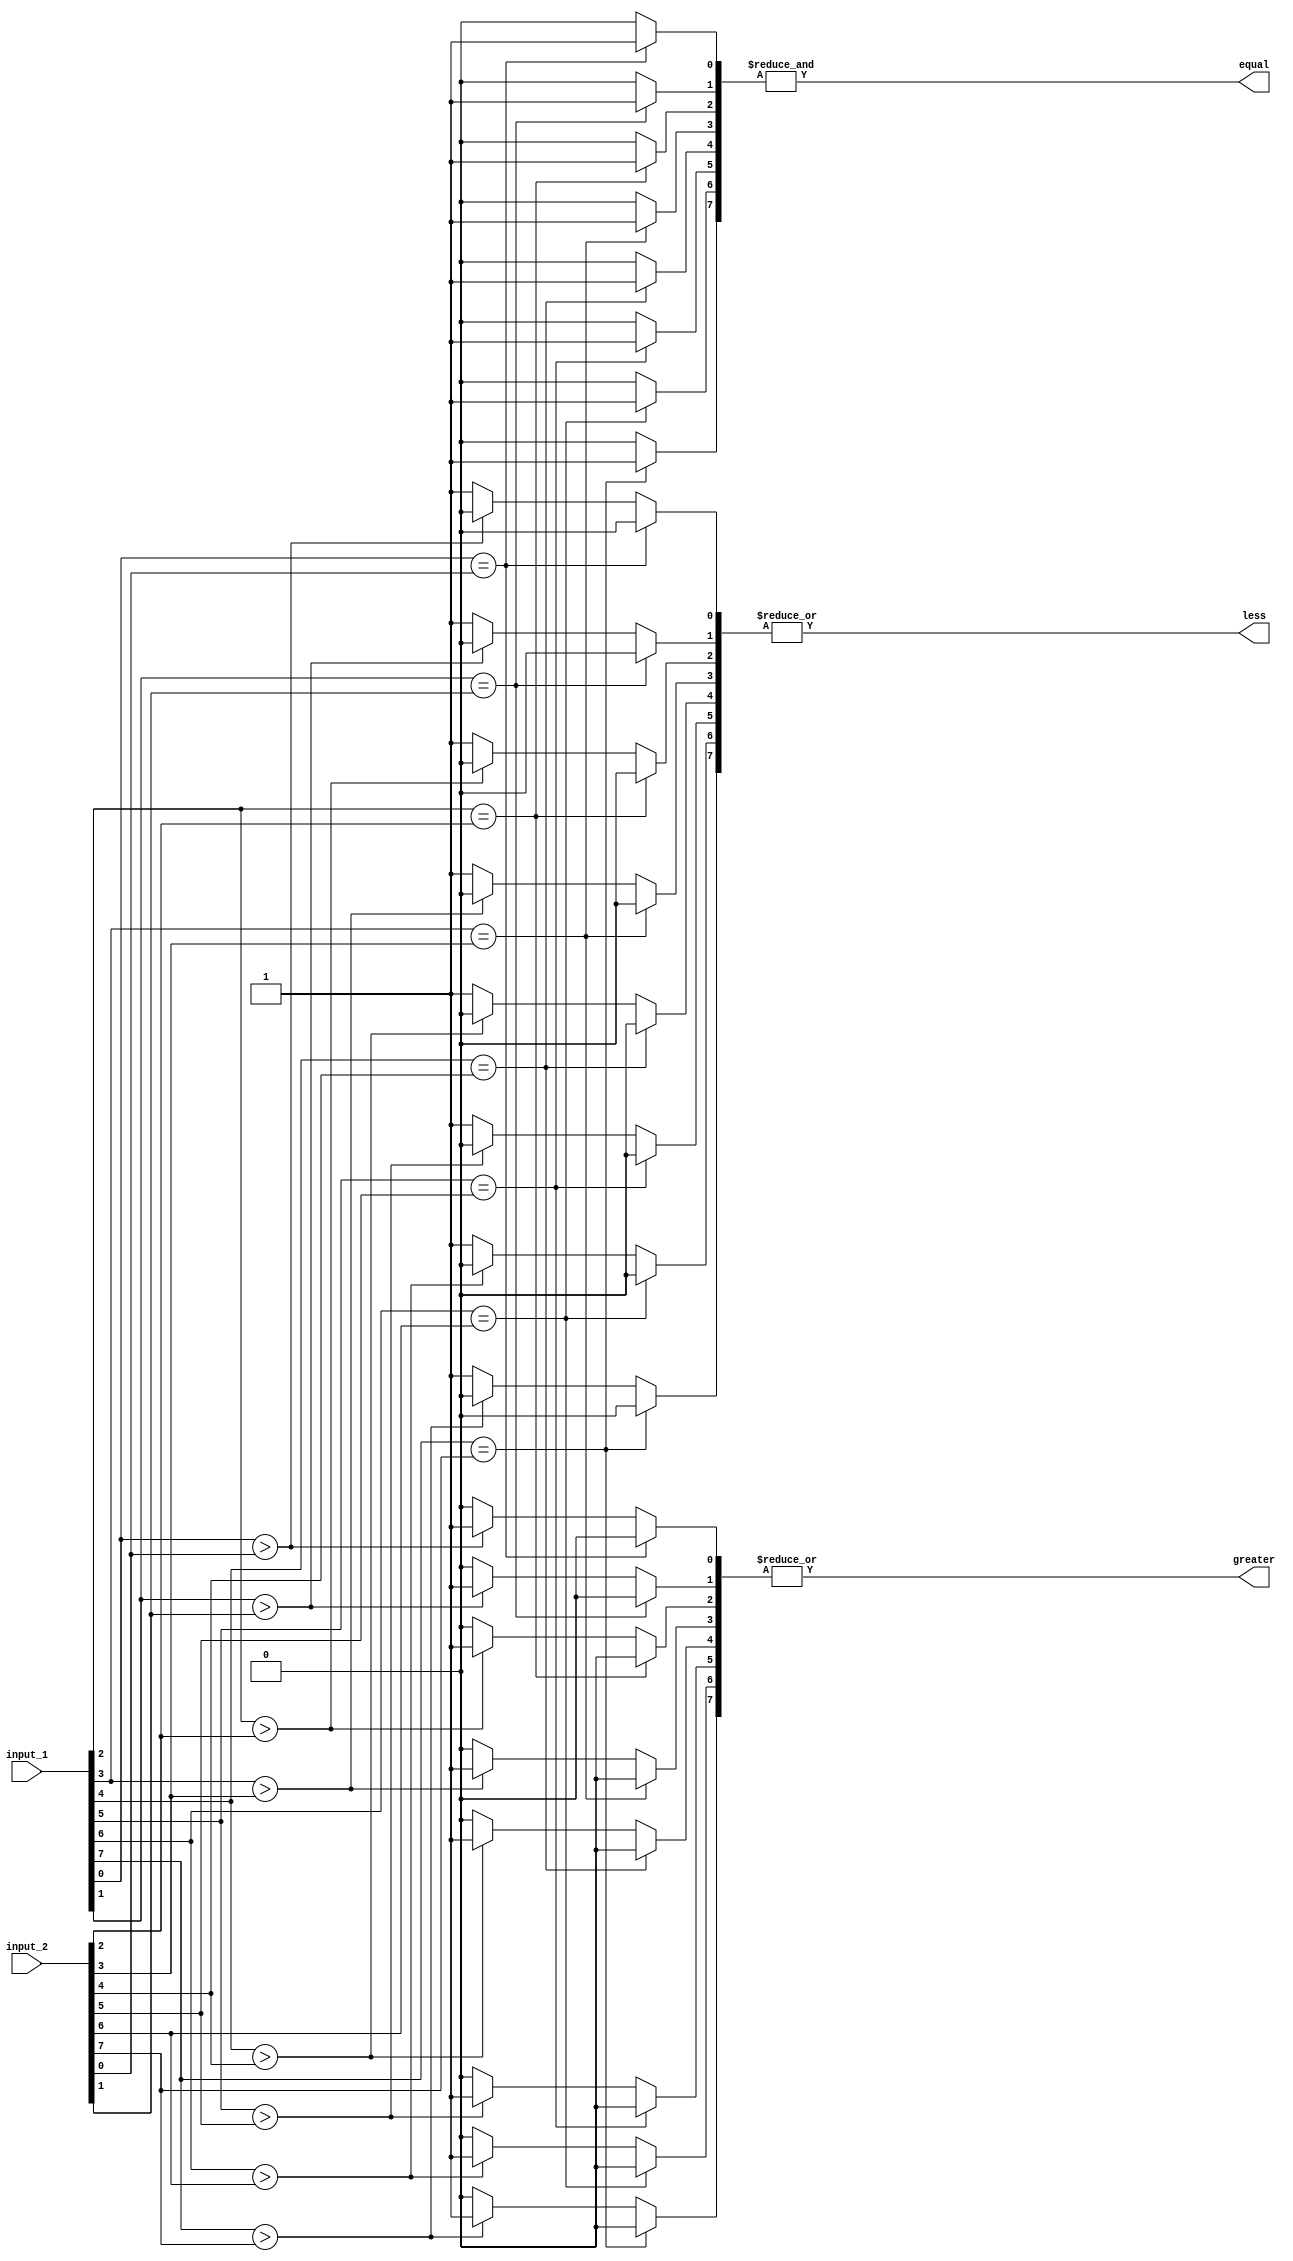
module eight_bit_comparator (
    input [7:0] input_1,
    input [7:0] input_2,
    output reg equal,
    output reg greater,
    output reg less
);

reg [7:0] equal_bits;
reg [7:0] greater_bits;
reg [7:0] less_bits;

// Comparing each pair of bits
genvar i;
generate
    for (i=0; i<8; i=i+1) begin : compare_blocks
        always @* begin
            if(input_1[i] == input_2[i]) begin
                equal_bits[i] = 1;
                greater_bits[i] = 0;
                less_bits[i] = 0;
            end else if(input_1[i] > input_2[i]) begin
                equal_bits[i] = 0;
                greater_bits[i] = 1;
                less_bits[i] = 0;
            end else begin
                equal_bits[i] = 0;
                greater_bits[i] = 0;
                less_bits[i] = 1;
            end
        end
    end
endgenerate

// Combining the comparison results
always @* begin
    equal = &equal_bits;
    greater = |greater_bits;
    less = |less_bits;
end

endmodule